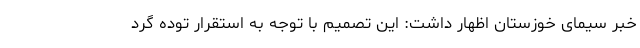
خبر سیمای خوزستان اظهار داشت: این تصمیم با توجه به استقرار توده گرد